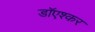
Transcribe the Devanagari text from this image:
डाॅएश्कर